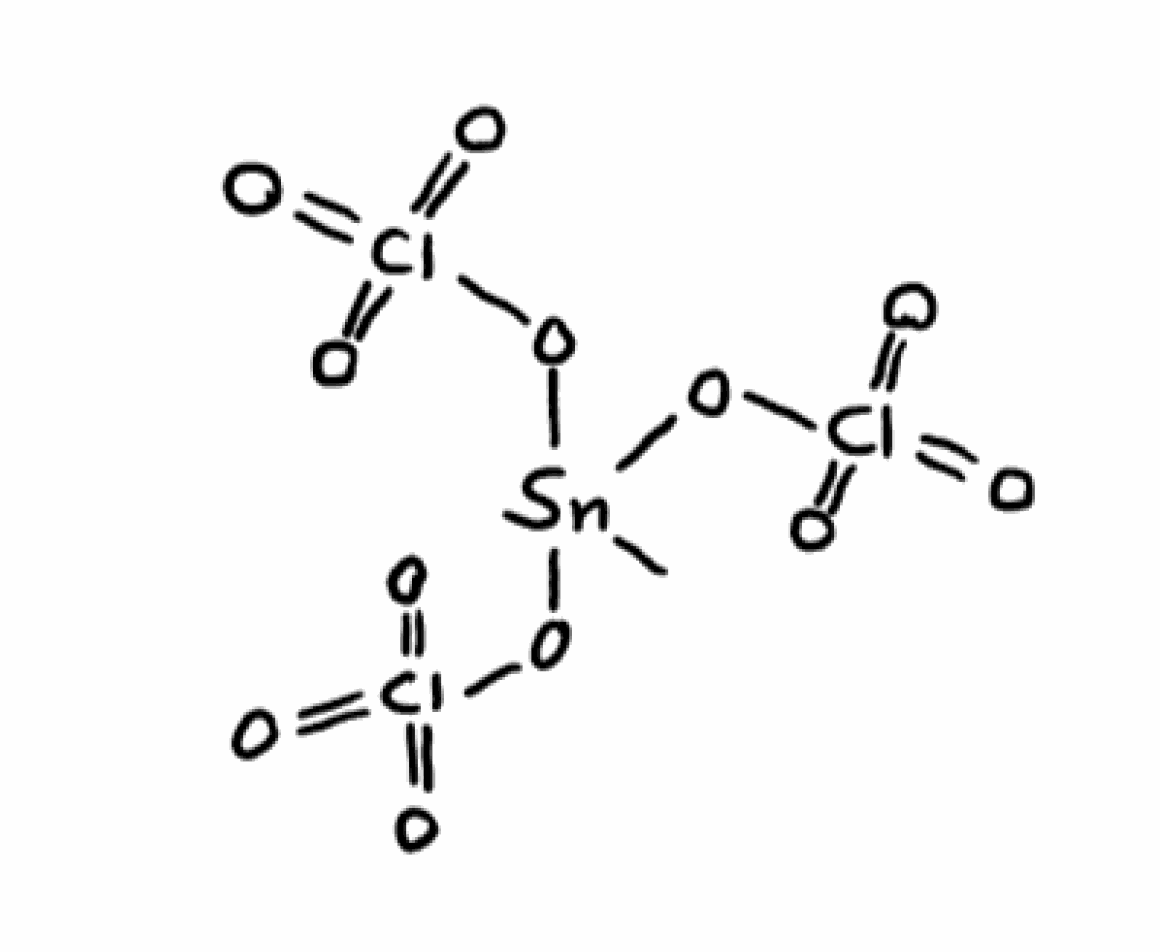
Simplified molecular-input line-entry system (SMILES) notation of the given molecule:
C[Sn](OCl(=O)(=O)=O)(OCl(=O)(=O)=O)OCl(=O)(=O)=O